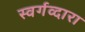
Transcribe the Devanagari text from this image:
स्वर्गव्दारा